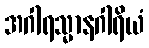
အဂါရသ္မာနဂါရိယံ